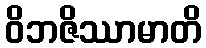
ဝိဘဇိဿာမာတိ